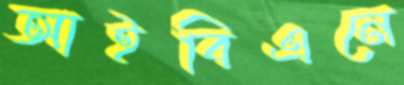
আইবিএনে